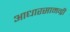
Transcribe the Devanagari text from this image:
आधारसामग्री